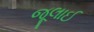
જૂલાઈ